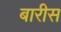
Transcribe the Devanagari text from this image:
बारीस